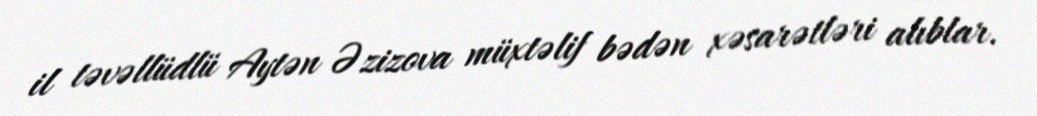
il təvəllüdlü Aytən Əzizova müxtəlif bədən xəsarətləri alıblar.